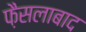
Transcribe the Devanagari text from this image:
फै़सलाबाद